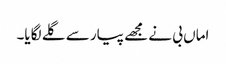
اماں بی نے مجھے پیار سے گلے لگایا۔